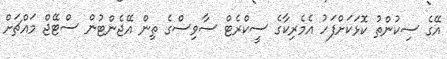
އޭގެ ސިކުންތު ކޮޅަކަށްފަހު އެމެރިކާގެ ސީކްރެޓް ސާވިސްގެ ތިން އޭޖެންޓުން ސްޓޭޖް މައްޗަށް